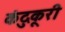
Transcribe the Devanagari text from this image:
कंदुकूरी